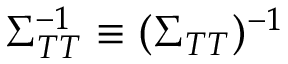
\Sigma _ { T T } ^ { - 1 } \equiv ( \Sigma _ { T T } ) ^ { - 1 }